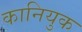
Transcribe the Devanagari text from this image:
कानियुक